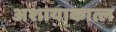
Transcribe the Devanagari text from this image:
अशायाकात्ल